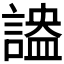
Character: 𧪪